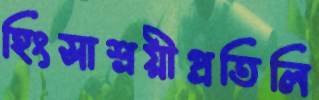
হিংসাশ্রয়ীপ্রতিলি